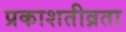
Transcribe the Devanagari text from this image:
प्रकाशतीव्रता